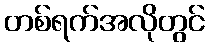
တစ်ရက်အလိုတွင်